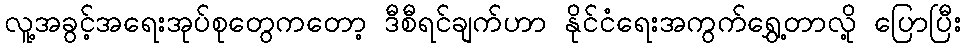
လူ့အခွင့်အရေးအုပ်စုတွေကတော့ ဒီစီရင်ချက်ဟာ နိုင်ငံရေးအကွက်ရွှေ့တာလို့ ပြောပြီး